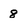
Character: 8